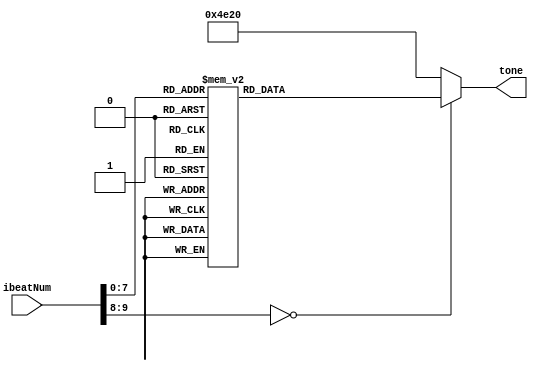
`define NM1 32'd262 //C_freq 1
`define NM2 32'd294 //D_freq 2
`define NM3 32'd330 //E_freq 3
`define NM4 32'd349 //F_freq 4
`define NM5 32'd392 //G_freq 5
`define NM6 32'd440 //A_freq 6
`define NM7 32'd494 //B_freq 7
`define NM8 32'd196 //G-_freq 5-
`define NM9 32'd220 //A-_freq 6-
`define NM10 32'd247 //B-_freq 7-
`define NM11 32'd524 //C+_freq 1+
`define NM12 32'd588 //D+_freq 2+
`define NM13 32'd277 //D_freq- b2
`define NM14 32'd311 //D_freq+ #2
`define NM15 32'd660 //E_freq+ 3+
`define NM16 32'd554 //D_freq+ #2+
`define NM17 32'd698 //F_freq+ 4+
`define NM18 32'd740 //F_freq+ #4+
`define NM19 32'd784 //G_freq+ 5+
`define NM20 32'd880 //A_freq+ 6+
`define NM21 32'd988 //B_freq+ 7+
`define NM22 32'd1048 //C_freq++ 1+

`define NM0 32'd20000 //slience (over freq.)

module Music_start (
	input [9:0] ibeatNum,	
	output reg [31:0] tone
);

always @(*) begin
	case (ibeatNum)		// 1/4 beat
		10'd0 : tone = `NM0;
		10'd1 : tone = `NM0;
		10'd2 : tone = `NM15;
		10'd3 : tone = `NM15;
		10'd4 : tone = `NM15;
		10'd5 : tone = `NM15;
		10'd6 : tone = `NM19;
		10'd7 : tone = `NM19;
		
		10'd8 : tone = `NM20;
		10'd9 : tone = `NM20;
		10'd10 : tone = `NM20;
		10'd11 : tone = `NM20;
		10'd12 : tone = `NM20;
		10'd13 : tone = `NM20;
		10'd14 : tone = `NM19;
		10'd15 : tone = `NM20;
		10'd16 : tone = `NM19;
		10'd17 : tone = `NM19;
		10'd18 : tone = `NM15;
		10'd19 : tone = `NM15;
		10'd20 : tone = `NM12;
		10'd21 : tone = `NM12;
		10'd22 : tone = `NM19;
		10'd23 : tone = `NM19;
		
		10'd24 : tone = `NM15;
		10'd25 : tone = `NM15;
		10'd26 : tone = `NM15;
		10'd27 : tone = `NM15;
		10'd28 : tone = `NM15;
		10'd29 : tone = `NM15;
		10'd30 : tone = `NM15;
		10'd31 : tone = `NM15;
		10'd32 : tone = `NM0;
		10'd33 : tone = `NM0;
		10'd34 : tone = `NM15;
		10'd35 : tone = `NM15;
		10'd36 : tone = `NM15;
		10'd37 : tone = `NM15;
		10'd38 : tone = `NM19;
		10'd39 : tone = `NM19;
		
		10'd40 : tone = `NM20;
		10'd41 : tone = `NM20;
		10'd42 : tone = `NM20;
		10'd43 : tone = `NM20;
		10'd44 : tone = `NM20; //2
		10'd45 : tone = `NM20;
		10'd46 : tone = `NM19; //1
		10'd47 : tone = `NM20;
		10'd48 : tone = `NM22; //7-
		10'd49 : tone = `NM22;
		10'd50 : tone = `NM21; //6-
		10'd51 : tone = `NM22;
		10'd52 : tone = `NM21; //7-
		10'd53 : tone = `NM20;
		10'd54 : tone = `NM20; //1
		10'd55 : tone = `NM19;
		10'd56 : tone = `NM19; //7-
		//5
		10'd57 : tone = `NM20;
		10'd58 : tone = `NM20; //6-
		10'd59 : tone = `NM20;
		10'd60 : tone = `NM20; //+5-
		10'd61 : tone = `NM20;
		10'd62 : tone = `NM20; //7-
		10'd63 : tone = `NM20;
		10'd64 : tone = `NM20;
		10'd65 : tone = `NM0;
		10'd66 : tone = `NM0;
		10'd67 : tone = `NM19;
		10'd68 : tone = `NM20;
		10'd69 : tone = `NM19;
		10'd70 : tone = `NM19;
		10'd71 : tone = `NM15;
		10'd72 : tone = `NM15;
		//6
		10'd73 : tone = `NM12;
		10'd74 : tone = `NM12;
		10'd75 : tone = `NM12;
		10'd76 : tone = `NM12;
		10'd77 : tone = `NM12;
		10'd78 : tone = `NM12;
		10'd79 : tone = `NM0;
		10'd80 : tone = `NM0;
		10'd81 : tone = `NM19;
		10'd82 : tone = `NM20;
		10'd83 : tone = `NM19;
		10'd84 : tone = `NM19;
		10'd85 : tone = `NM12;
		10'd86 : tone = `NM12;
		//7
		10'd87 : tone = `NM11;
		10'd88 : tone = `NM11;
		10'd89 : tone = `NM11;
		10'd90 : tone = `NM11;
		10'd91 : tone = `NM11;
		10'd92 : tone = `NM11;
		10'd93 : tone = `NM0;
		10'd94 : tone = `NM0;
		10'd95 : tone = `NM6;
		10'd96 : tone = `NM6;
		10'd97 : tone = `NM6;
		10'd98 : tone = `NM6;
		10'd99 : tone = `NM7;
		10'd100 : tone = `NM7;
		//8
		10'd101 : tone = `NM11;
		10'd102 : tone = `NM11;
		10'd103 : tone = `NM11;
		10'd104 : tone = `NM11;
		10'd105 : tone = `NM11;
		10'd106 : tone = `NM11;
		10'd107 : tone = `NM12;
		10'd108 : tone = `NM12;
		10'd109 : tone = `NM7;
		10'd110 : tone = `NM7;
		10'd111 : tone = `NM7;
		10'd112 : tone = `NM7;
		10'd113 : tone = `NM7;
		10'd114 : tone = `NM7;
		10'd115 : tone = `NM6;
		10'd116 : tone = `NM6;
		//9
		10'd117 : tone = `NM0;
		10'd118 : tone = `NM6;
		10'd119 : tone = `NM6;
		10'd120 : tone = `NM6;
		10'd121 : tone = `NM6;
		10'd122 : tone = `NM6;
		10'd123 : tone = `NM6;
		10'd124 : tone = `NM6;
		10'd125 : tone = `NM6;
		10'd126 : tone = `NM6;
		10'd127 : tone = `NM6;
		10'd128 : tone = `NM6;	//6-
		10'd129 : tone = `NM6;
		10'd130 : tone = `NM6; //7-
		10'd131 : tone = `NM6;
		10'd132 : tone = `NM6;	//1

		default : tone = `NM0;
	endcase
end

endmodule